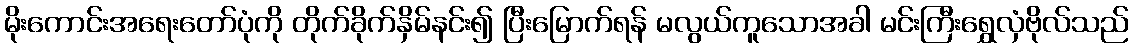
မိုးကောင်းအရေးတော်ပုံကို တိုက်ခိုက်နှိမ်နင်း၍ ပြီးမြောက်ရန် မလွယ်ကူသောအခါ မင်းကြီးရွှေလှံဗိုလ်သည်